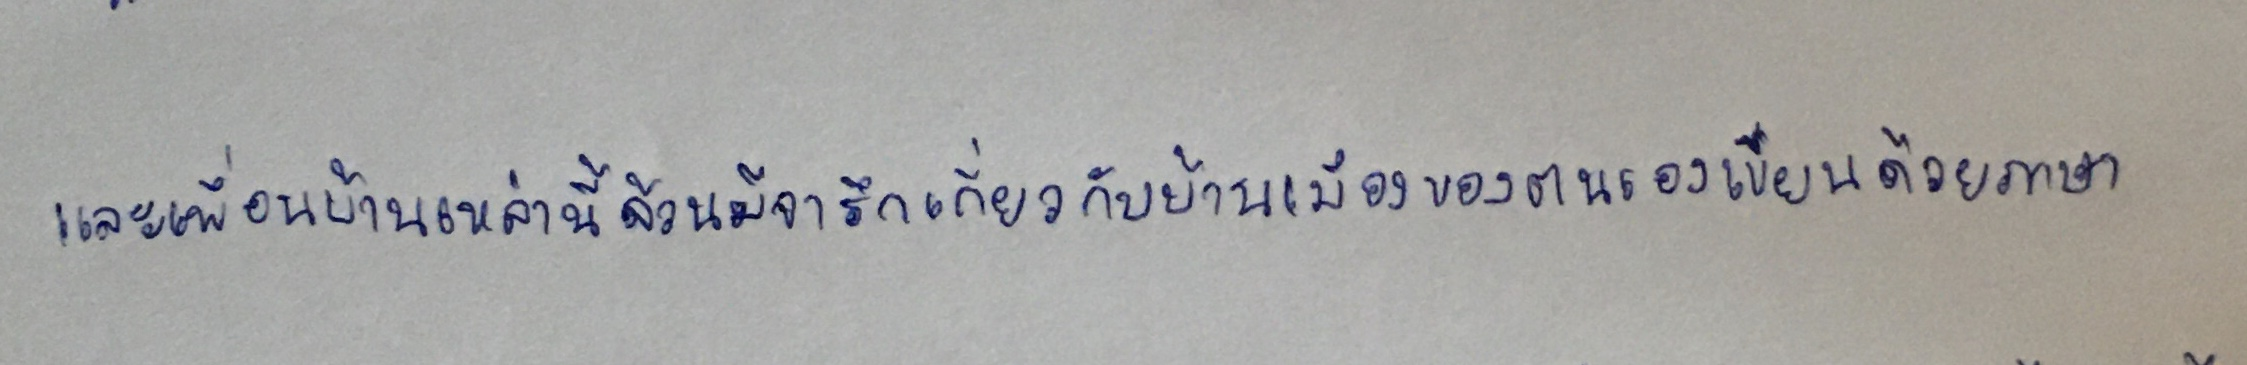
และเพื่อนบ้านเหล่านี้ล้วนมีจารึกเกี่ยวกับบ้านเมืองของตนเองเขียนด้วยภาษา